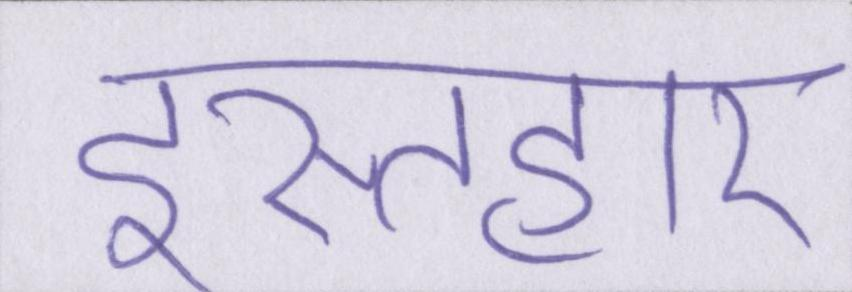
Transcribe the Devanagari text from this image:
इस्तहार